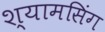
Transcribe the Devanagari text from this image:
श्यामसिंग